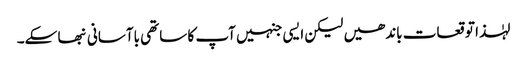
لہٰذا توقعات باندھیں لیکن ایسی جنہیں آپ کا ساتھی باآسانی نبھا سکے۔